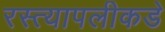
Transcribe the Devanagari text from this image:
रस्त्यापलीकडे